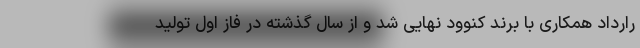
رارداد همکاری با برند کنوود نهایی شد و از سال گذشته در فاز اول تولید